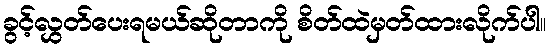
ခွင့်လွှတ်ပေးရမယ်ဆိုတာကို စိတ်ထဲမှတ်ထားလိုက်ပါ။